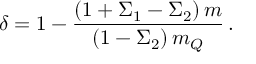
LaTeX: \delta = 1 - { \frac { ( 1 + \Sigma _ { 1 } - \Sigma _ { 2 } ) \, m } { ( 1 - \Sigma _ { 2 } ) \, m _ { Q } } } \, .